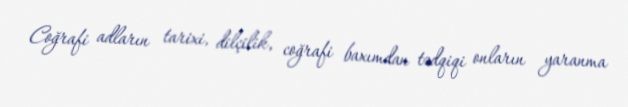
Coğrafi adların tarixi, dilçilik, coğrafi baxımdan tədqiqi onların yaranma